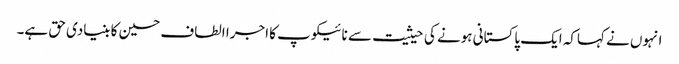
انہوں نے کہاکہ ایک پاکستانی ہونے کی حیثیت سے نائیکوپ کا اجرا الطاف حسین کا بنیادی حق ہے۔